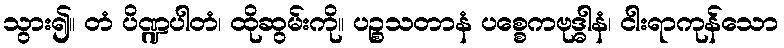
သွား၍။ တံ ပိဏ္ဍပါတံ၊ ထိုဆွမ်းကို။ ပဉ္စသတာနံ ပစ္စေကဗုဒ္ဓါနံ၊ ငါးရာကုန်သော